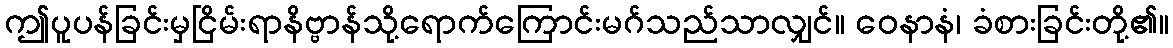
ဤပူပန်ခြင်းမှငြိမ်းရာနိဗ္ဗာန်သို့ရောက်ကြောင်းမဂ်သည်သာလျှင်။ ဝေနာနံ၊ ခံစားခြင်းတို့၏။